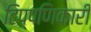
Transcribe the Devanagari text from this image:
टिप्पणिकारी